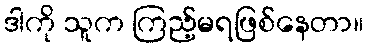
ဒါကို သူက ကြည့်မရဖြစ်နေတာ။